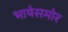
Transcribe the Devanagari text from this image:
भाषेसमोर